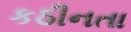
કઠીનતા